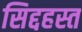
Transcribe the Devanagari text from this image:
सिद्दहस्त